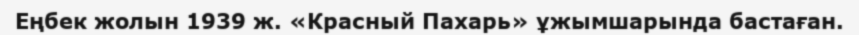
Еңбек жолын 1939 ж. «Красный Пахарь» ұжымшарында бастаған.